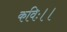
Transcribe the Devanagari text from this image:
कविः।।